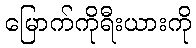
မြောက်ကိုရီးယားကို